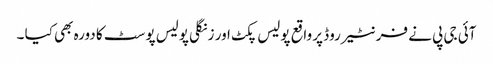
آئی جی پی نے فرنٹیر روڈ پر واقع پولیس پکٹ اور زنگلی پولیس پوسٹ کا دورہ بھی کیا ۔